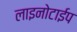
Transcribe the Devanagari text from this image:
लाइनोटाईप